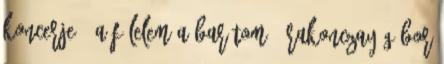
koncerje 0 A félelem a barátom – Rakonczay Gábor